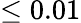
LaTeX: \leq 0.01